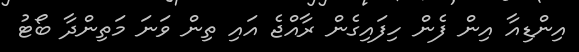
އިންޑިއާ އިން ފެން ހިފައިގެން ރާއްޖެ އައި ތިން ވަނަ މަތިންދާ ބޯޓު